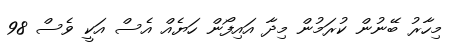
މިހާރު ބޭނުން ކުރަމުން މިދާ އައިފޯން ހަޔެއް އެސް އަކީ ވެސް 98